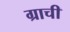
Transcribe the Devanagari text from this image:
ग्राची